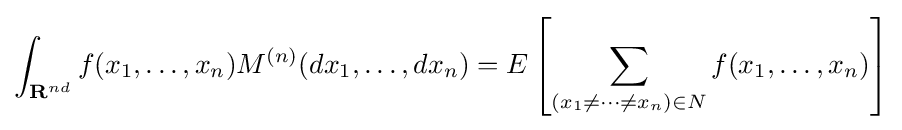
\int _{{\textbf {R}}^{nd}}f(x_{1},\ldots ,x_{n})M^{(n)}(dx_{1},\ldots ,dx_{n})=E\left[\sum _{(x_{1}\neq \cdots \neq x_{n})\in {N}}f(x_{1},\ldots ,x_{n})\right]